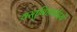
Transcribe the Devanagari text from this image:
वस्तुनिष्ठवादियों